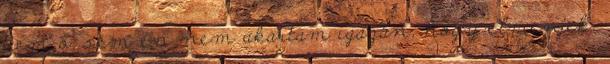
sem ő, sem én nem akartam igazán, hogy elmenjek.